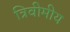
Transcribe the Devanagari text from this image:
त्रिवीमीय